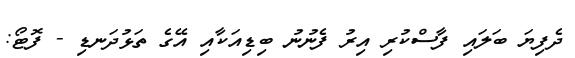
ދެފިޔަ ބަލައި ފާސްކުރި އިރު ފެނުނު ބިޑިއަކާއި އޭގެ ތަޅުދަނޑި - ފޮޓޯ: